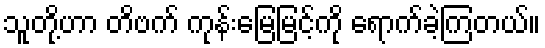
သူတို့ဟာ တိဗက် ကုန်းမြေမြင့်ကို ရောက်ခဲ့ကြတယ်။